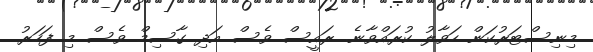
މިނިސްޓަރުކަން ހަވާލު ކުރައްވާނެ. ރައީސް ވެސް އަދި ގާސިމް ވެސް މި ފަހަރު